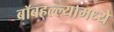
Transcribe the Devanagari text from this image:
बॉबहल्ल्यामध्ये